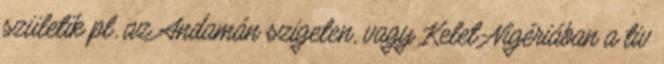
születik pl. az Andamán szigeten, vagy Kelet-Nigériában a tiv